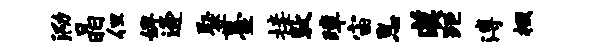
泐晶但婢逄聚薹接敦璋宙息漠距溥掇